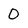
Character: 0